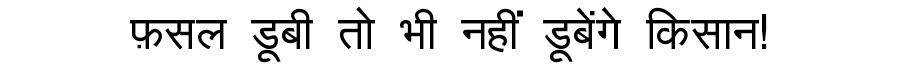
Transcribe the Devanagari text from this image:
फ़सल डूबी तो भी नहीं डूबेंगे किसान!